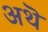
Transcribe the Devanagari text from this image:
अथॆ